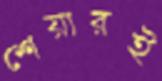
শেয়ারই